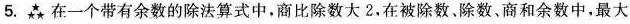
5.森在一个带有余数的除法算式中，商比除数大2.在被除数。除数，商和余数中，最大